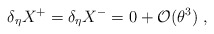
\begin{align*}\delta_\eta X^+ = \delta_\eta X^- = 0 +{\mathcal O}(\theta^3)~,~~~~\end{align*}